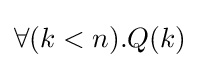
\forall (k<n).Q(k)